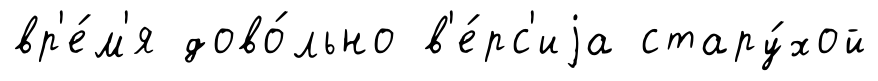
вр'е́м'я дово́льно в'е́рс'иjа стару́хой